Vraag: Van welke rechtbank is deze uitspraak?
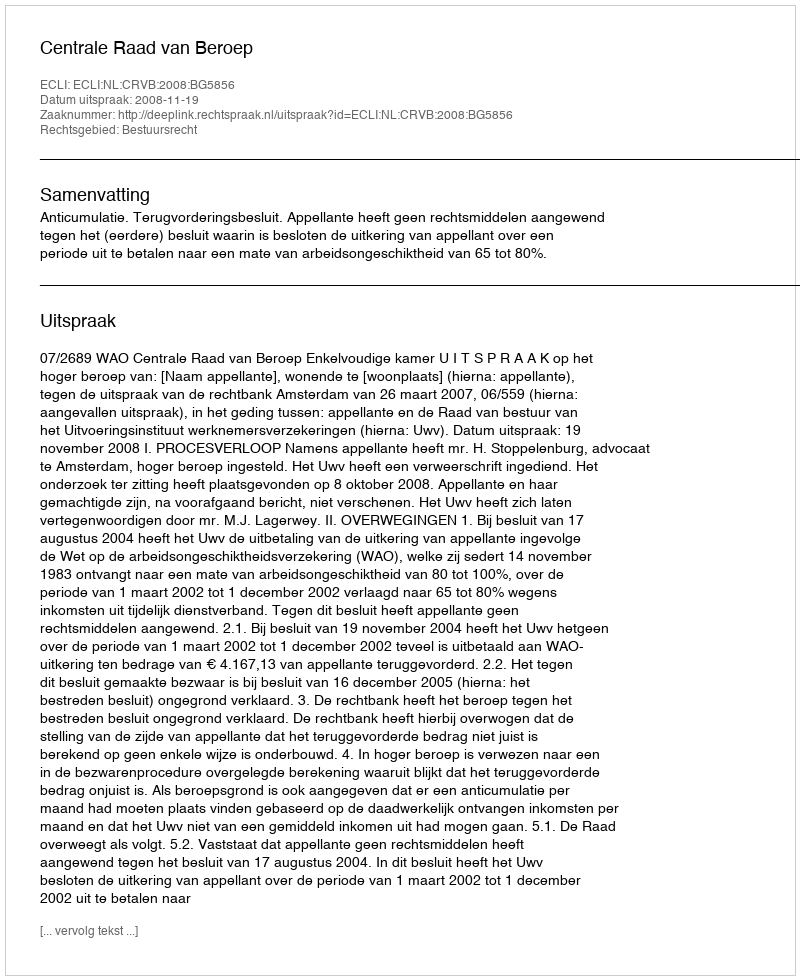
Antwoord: Centrale Raad van Beroep